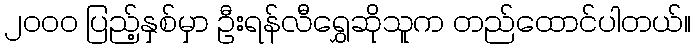
၂၀၀၀ ပြည့်နှစ်မှာ ဦးရန်လီရွှေဆိုသူက တည်ထောင်ပါတယ်။